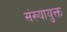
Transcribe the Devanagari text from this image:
संख्यायुक्त